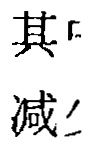
其\减